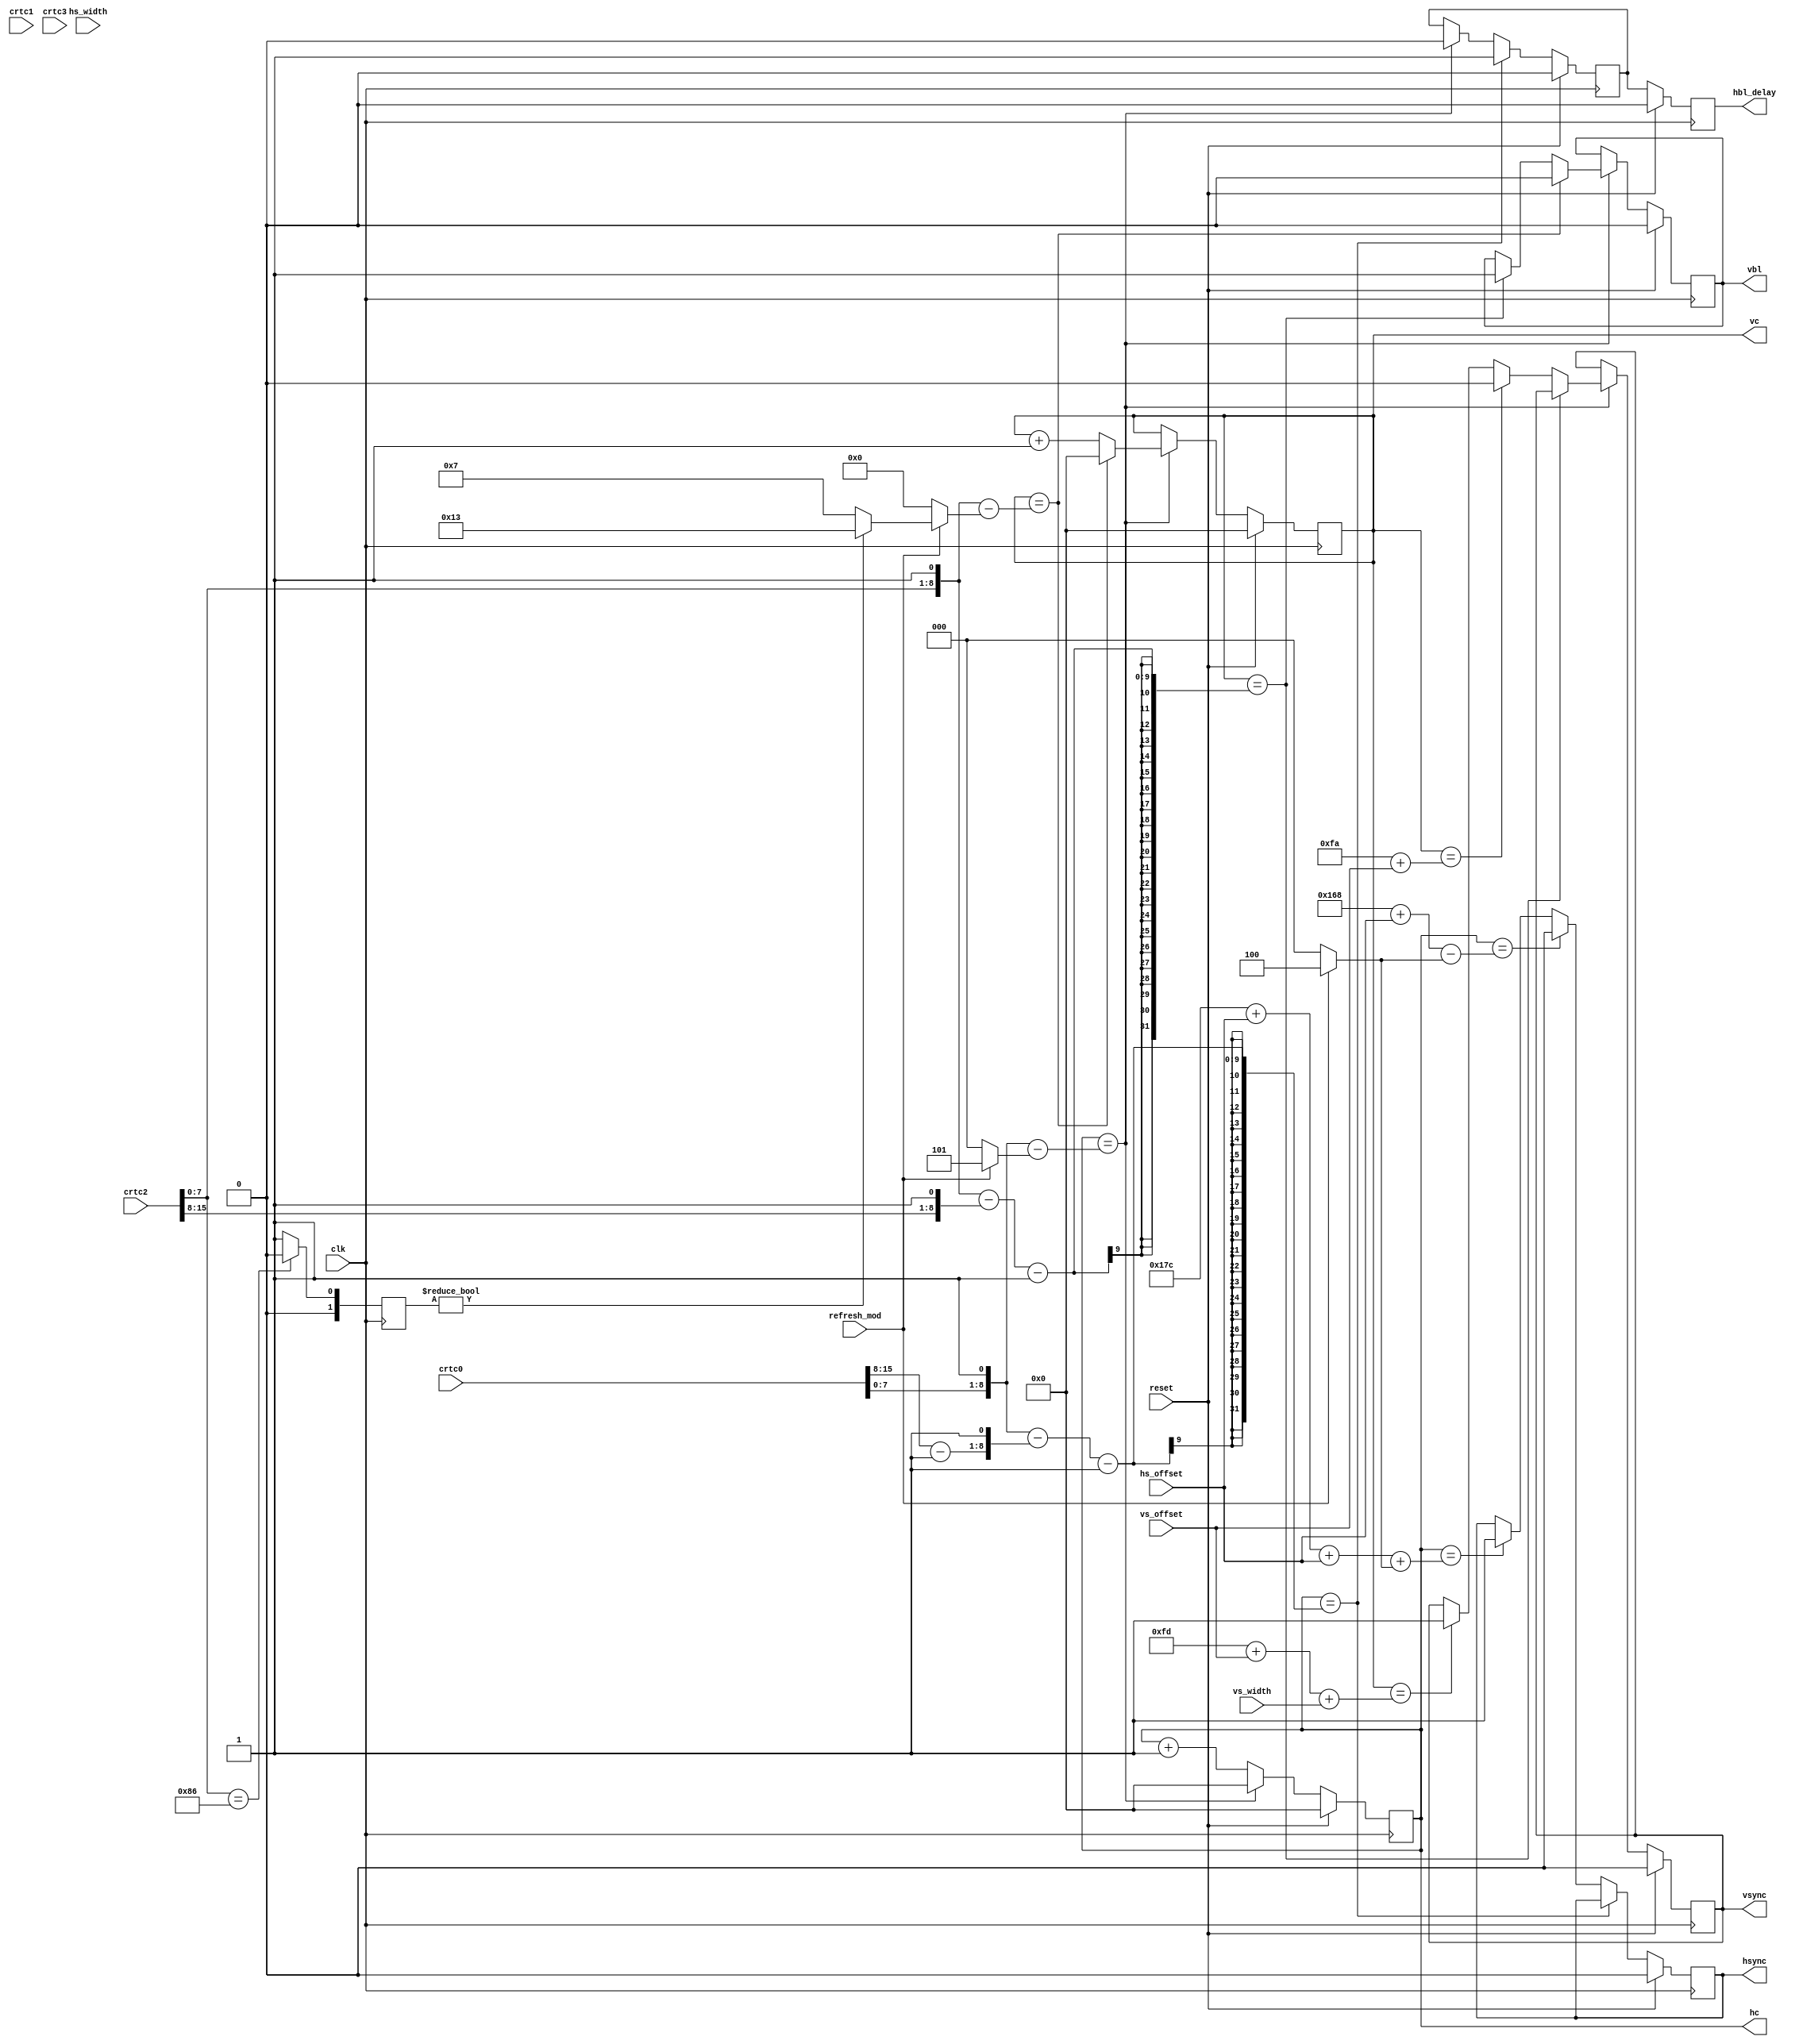
module video_timing
(
    input clk,
    input reset,

    input [15:0] crtc0,
    input [15:0] crtc1,
    input [15:0] crtc2,
    input [15:0] crtc3,

    input refresh_mod,

    input signed [3:0] hs_offset,
    input signed [3:0] vs_offset,

    input signed [3:0] hs_width,
    input signed [3:0] vs_width,

    output [8:0] hc,
    output [8:0] vc,

    output reg  hbl_delay,
    output reg  hsync,
    output reg  vbl,
    output reg  vsync
);

// 320x240 timings

wire [8:0] HBL_CNT = { crtc0[15:8]-1, 1'b1 };
wire [8:0] HTOTAL  = { crtc0[7:0], 1'b1 };                                                           // horz total clocks and blank start
wire [8:0] HBSTART = HTOTAL - HBL_CNT;                                                               // horz blank begin

wire [8:0] HSSTART = 360 + $signed(hs_offset) - (refresh_mod ? 4'd4 : 3'd0);                         // horz sync begin
wire [8:0] HSEND   = 380 + $signed(hs_offset) + $signed(hs_offset) + (refresh_mod ? 4'd4 : 3'd0);    // horz sync end

wire [8:0] VBL_CNT = { crtc2[15:8], 1'b1 };
wire [8:0] VTOTAL  = { crtc2[7:0], 1'b1 };
wire [8:0] VBSTART = VTOTAL - VBL_CNT;

wire [8:0] VSSTART = 250 + $signed(vs_offset);
wire [8:0] VSEND   = 253 + $signed(vs_offset) + $signed(vs_width);

reg hbl;

reg [8:0] v;
reg [8:0] h;

assign hc = h;

assign vc = v;


reg [1:0] vtotal_282_flag;
always @ (posedge clk) begin // Set horizontal lines flag for 60Hz
    if (VTOTAL == 269)
        vtotal_282_flag <= 0;
    else
        vtotal_282_flag <= 1;
end

always @ (posedge clk) begin

    if (reset) begin
        h <= 0;
        v <= 0;

        hbl <= 0;
        hbl_delay <= 0;
        vbl <= 0;
        hsync <= 0;
        vsync <= 0;
    end else begin
        // counter
        hbl_delay <= hbl;
        if (h == HTOTAL - (refresh_mod ? 4'd5 : 3'd0)) begin // 450 Lines standard (445 Lines for NTSC standard 15.73kHz line freq)
            h <= 0;
            hbl <= 0;

            // v signals
            if ( v == VBSTART-1 ) begin
                vbl <= 1;
            end else if ( v == VSSTART ) begin
                vsync <= 0;
            end else if ( v == VSEND ) begin
                vsync <= 1;
            end

            if (v == VTOTAL - (refresh_mod ? (vtotal_282_flag ? 5'd19 : 4'd7) : 3'd0)) begin // 282 Lines standard (263 Lines for 60Hz)
                v <= 0;
                vbl <= 0;
            end else begin
                v <= v + 1'd1;
            end
        end else begin
            h <= h + 1'd1;
        end

        // h signals
        if ( h == HBSTART-1 ) begin
            hbl <= 1;
        end else if ( h == HSSTART ) begin
            hsync <= 0;
        end else if ( h == HSEND ) begin
            hsync <= 1;
        end
    end
end

endmodule